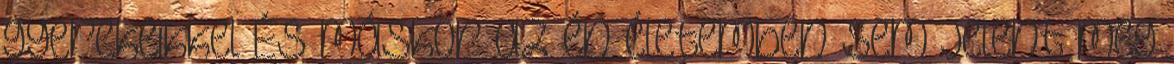
gyerekeikkel És máskor az én életemben sem jelent meg